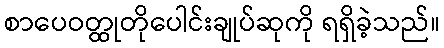
စာပေဝတ္ထုတိုပေါင်းချုပ်ဆုကို ရရှိခဲ့သည်။